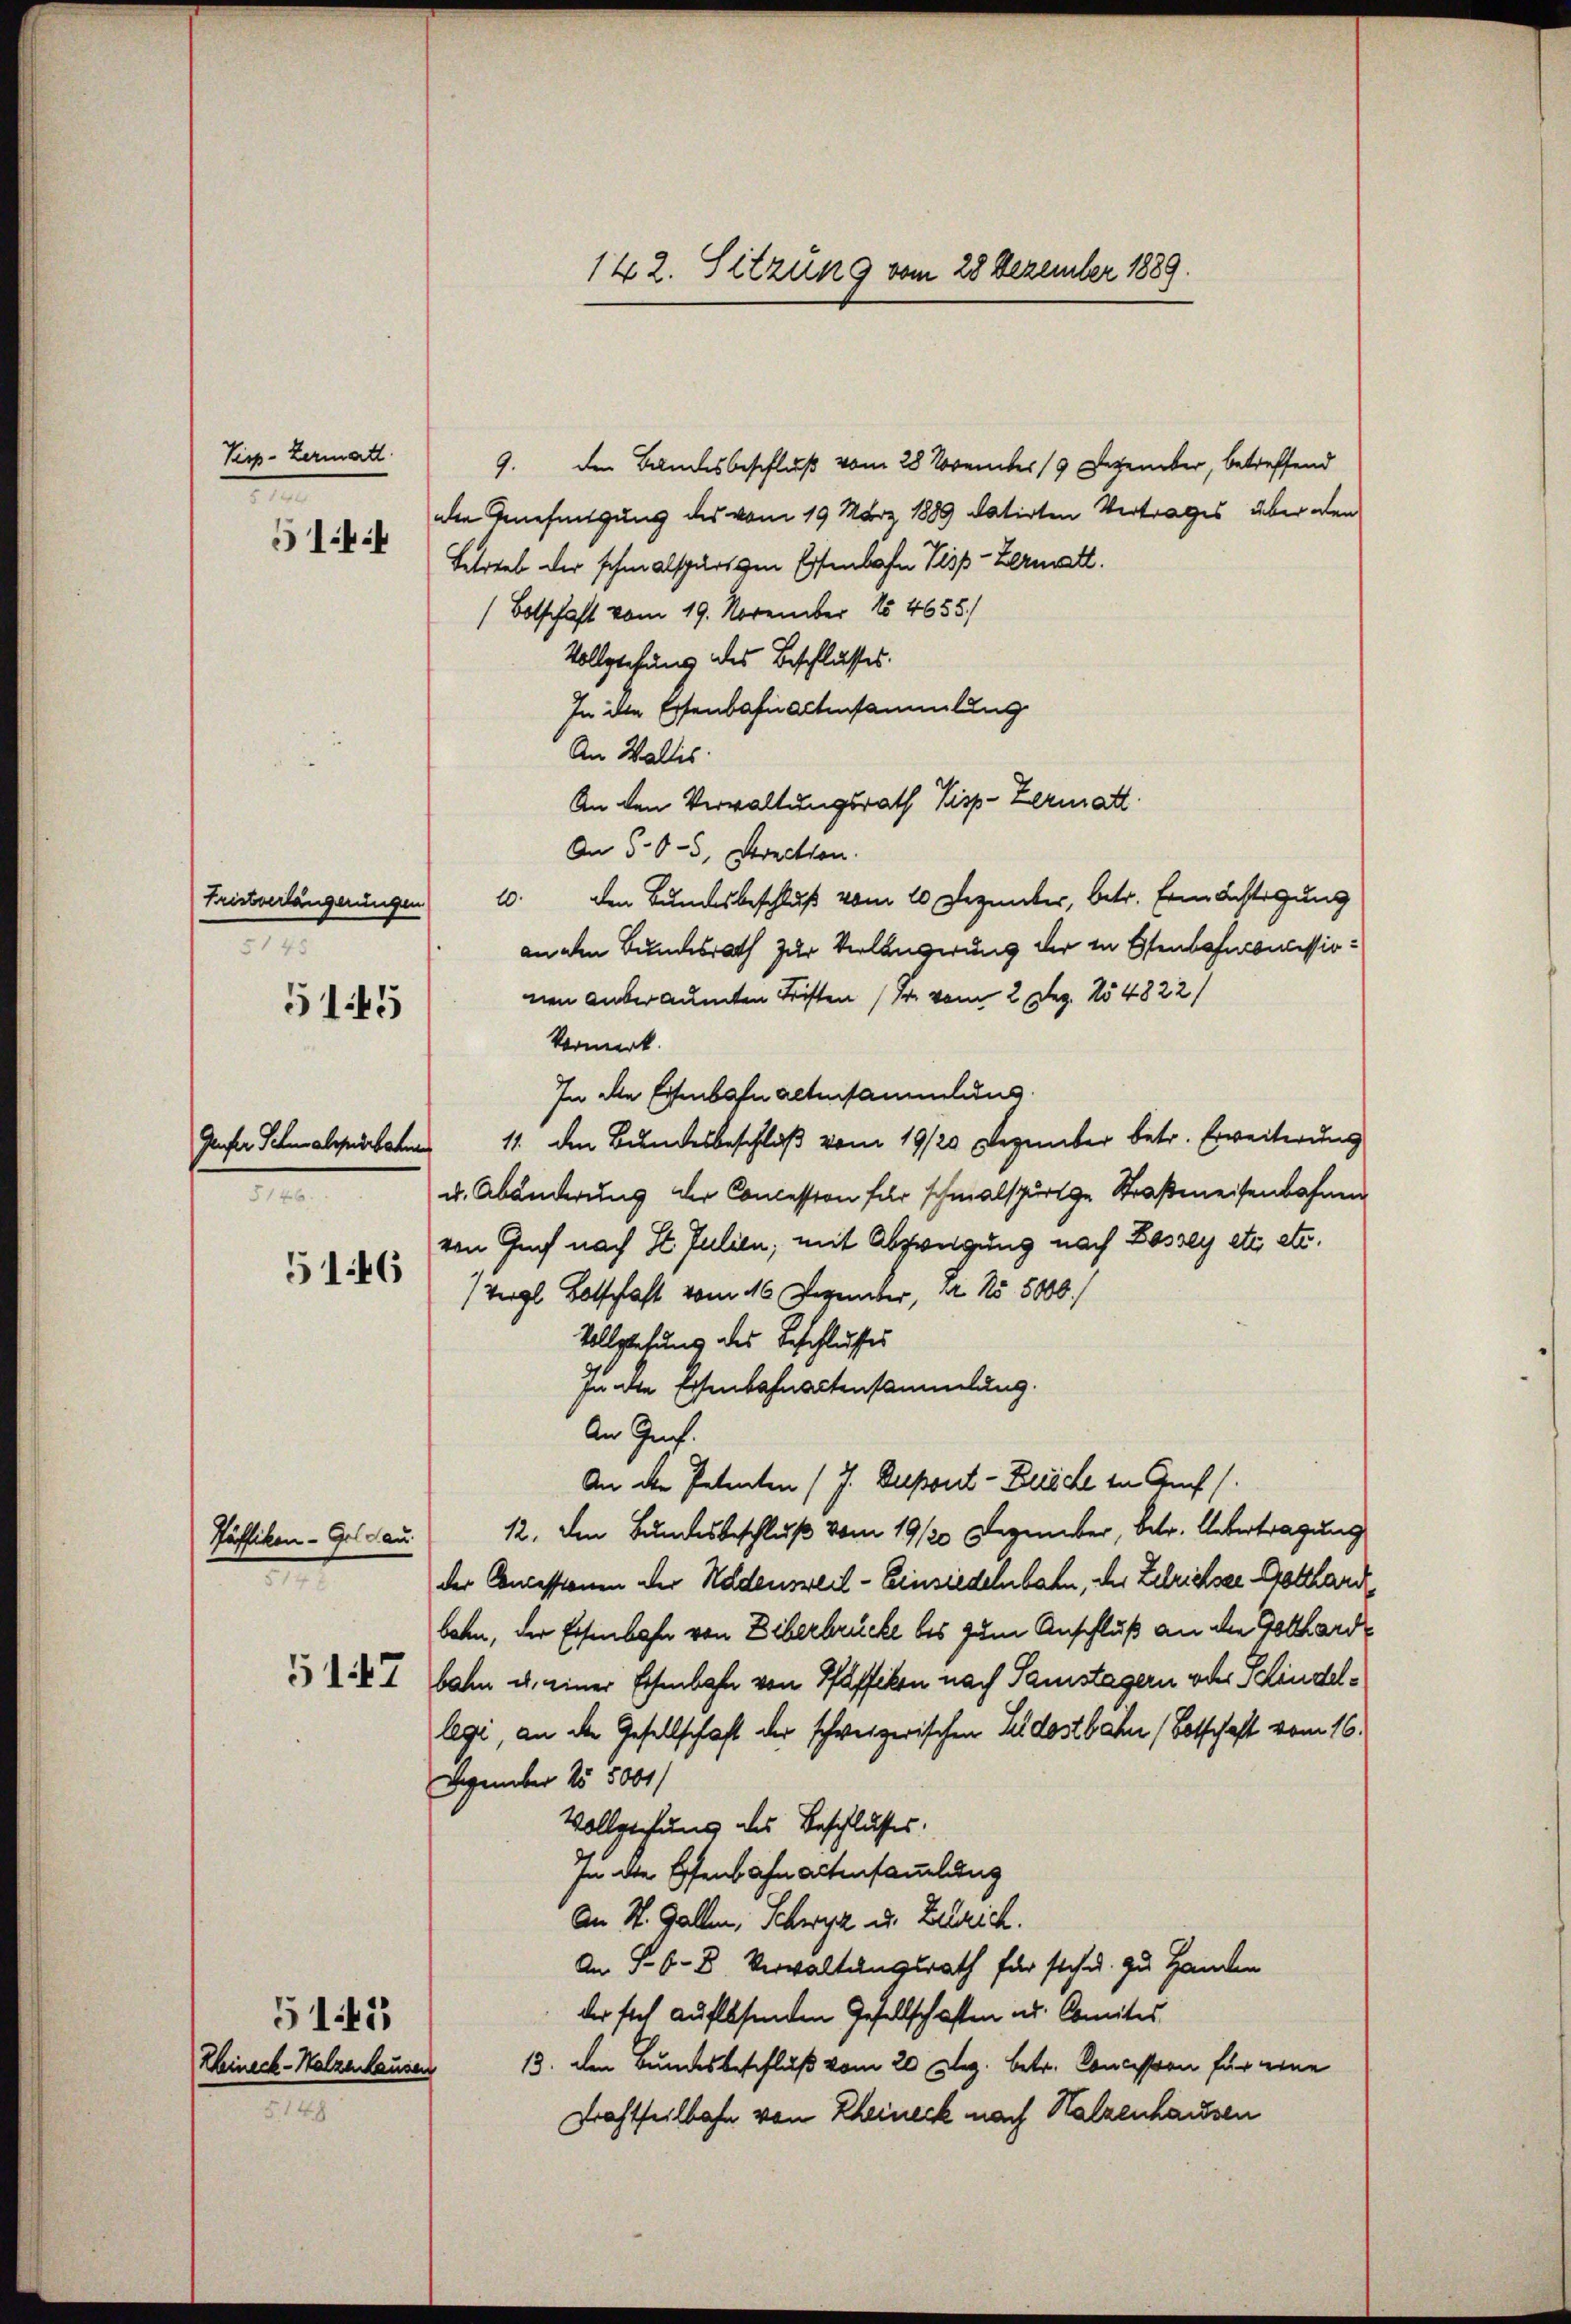
Pisp- Lermatt.
e
5144

Fristverlängerungen
5145
Gener Schen absperbahn
5146.
5146

Häffikon - Geldau.
e

51445

5147

9. den Bandesbeschluß vom 28 November 19 Dezember, betreffend
den Genehmigung des vom 19. März 1889 datirten Vertrages über den
Betrieb der schmalspurigen Eisenbahn Pisp-Zermatt.
(Botschaft vom 19. November 184655.
Vollziehung des Beschlusses.
In ihre Eisenbahn altensammlung
An Wallis.
An den Verwaltungsrath Kisp-Zermatt
An 500-5, Struction.
10. den Bundesbeschluß vom 10 Dezember, betr. Ermächtigung
an den Bundesrath zur Verlängerung der in Essenbahnoncessionen anberaumten Fristen Fr. vom 2. Dez. No 4822/
Vormerk.
In die Eisenbahn altensammlung.
11. den Bundesbeschluß vom 19/20 Dezember betr. Erweiterung
u. Abänderung der Concession für schmalspurige Straßmeisenbahnen
von Genf nach St. Julien; mit Abzweigung nach Lassey etc etc.
/ Vergl. Botschaft vom 16. Dezember, d. 15. 5000.
Vollziehung des Beschlusses
In die Eisenbahnactensammlung.
An Genf.
An der Petenten (J. Dapont - Zusche in Auf
12. Den Bundesbeschluß vom 19/20 Dezember, betr. Uebertragung
der Concessionen der Holdensweil–Einsiedelnbahn, der Zelrichsee Gotthard
baten, der Eisenbahn von Eiberbrücke bis zum Anschluß an die Gotthardt
bahn u. einer Eisenbahn von Pfäffikon nach Samstagern oder Schindellegi, an der Gesellschaft der schweizerischen Ludostbahn (Botschaft vom 16.
Dezember 15 5000/
Vollziehung des Beschlusses.
In die Eisenbahn altensammlung
An St. Gallen, Schwyz u. Zelrich.
An S. 68. Verwaltungsrath für sich u. zu Handen
der sich auflesenden Gesellschaften ad. Comites
Kleineck-Walzenhausen 13. den Bundesbeschluß vom 20 Dez. betr. Concession für eine
Frachtheilbahn von Rheineck nach Halzenhausen

515

142. Sitzung vom 28 Dezember 1889.